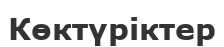
Көктүріктер